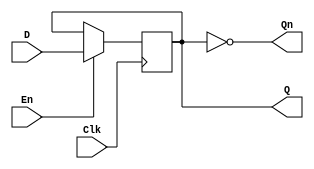
module edge_triggered_gated_latch (
    input wire D,      // Data Input
    input wire Clk,    // Clock
    input wire En,     // Enable
    output reg Q,      // Output Q
    output wire Qn     // Complementary Output Q'
);

// Internal signal for edge detection
reg prev_clk;

always @(posedge Clk) begin
    // Capture the value of D when Enable is high
    if (En) begin
        Q <= D;
    end
    // If Enable is low, retain the previous value of Q
end

// Complementary output
assign Qn = ~Q;

endmodule